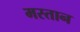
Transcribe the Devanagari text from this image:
मस्‍तान